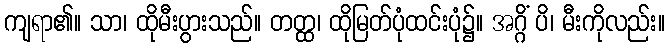
ကျရာ၏။ သာ၊ ထိုမီးပွားသည်။ တတ္ထ၊ ထိုမြတ်ပုံထင်းပုံ၌။ အဂ္ဂိံ ပိ၊ မီးကိုလည်း။